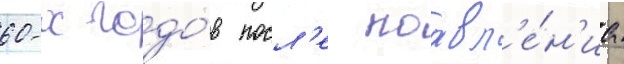
60-х годо́в посл'е поавл'е́н'иа